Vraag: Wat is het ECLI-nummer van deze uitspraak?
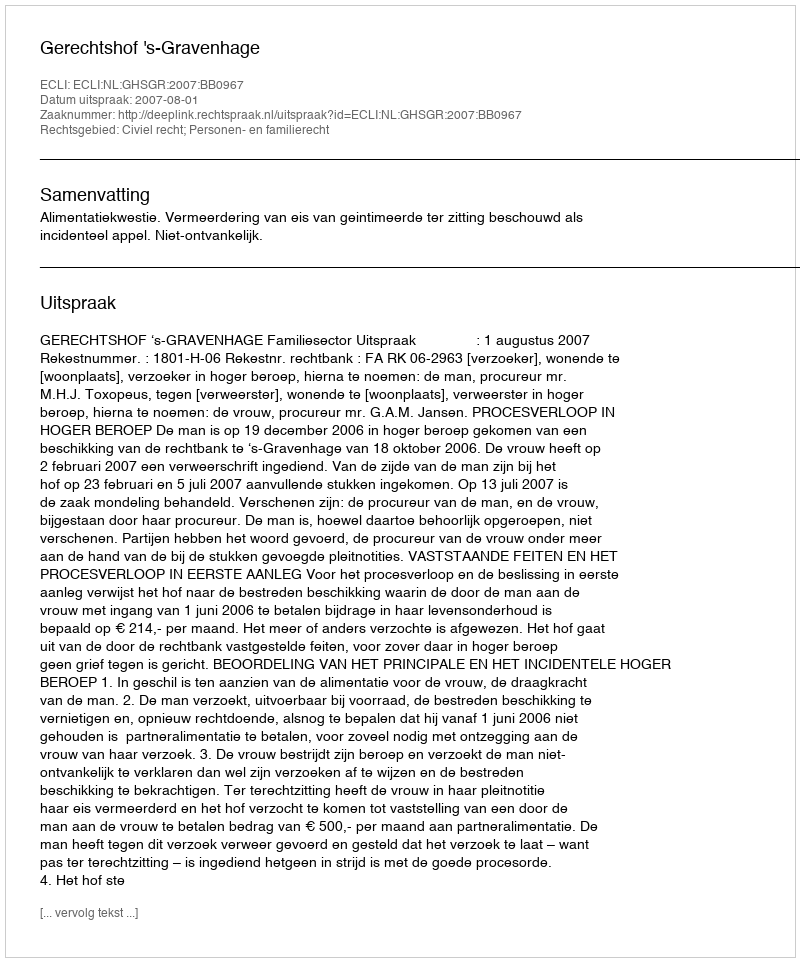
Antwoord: ECLI:NL:GHSGR:2007:BB0967